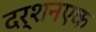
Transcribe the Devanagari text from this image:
दर्शनएक